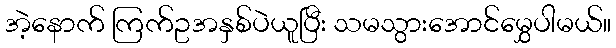
အဲ့နောက် ကြက်ဥအနှစ်ပဲယူပြီး သမသွားအောင်မွှေပါမယ်။